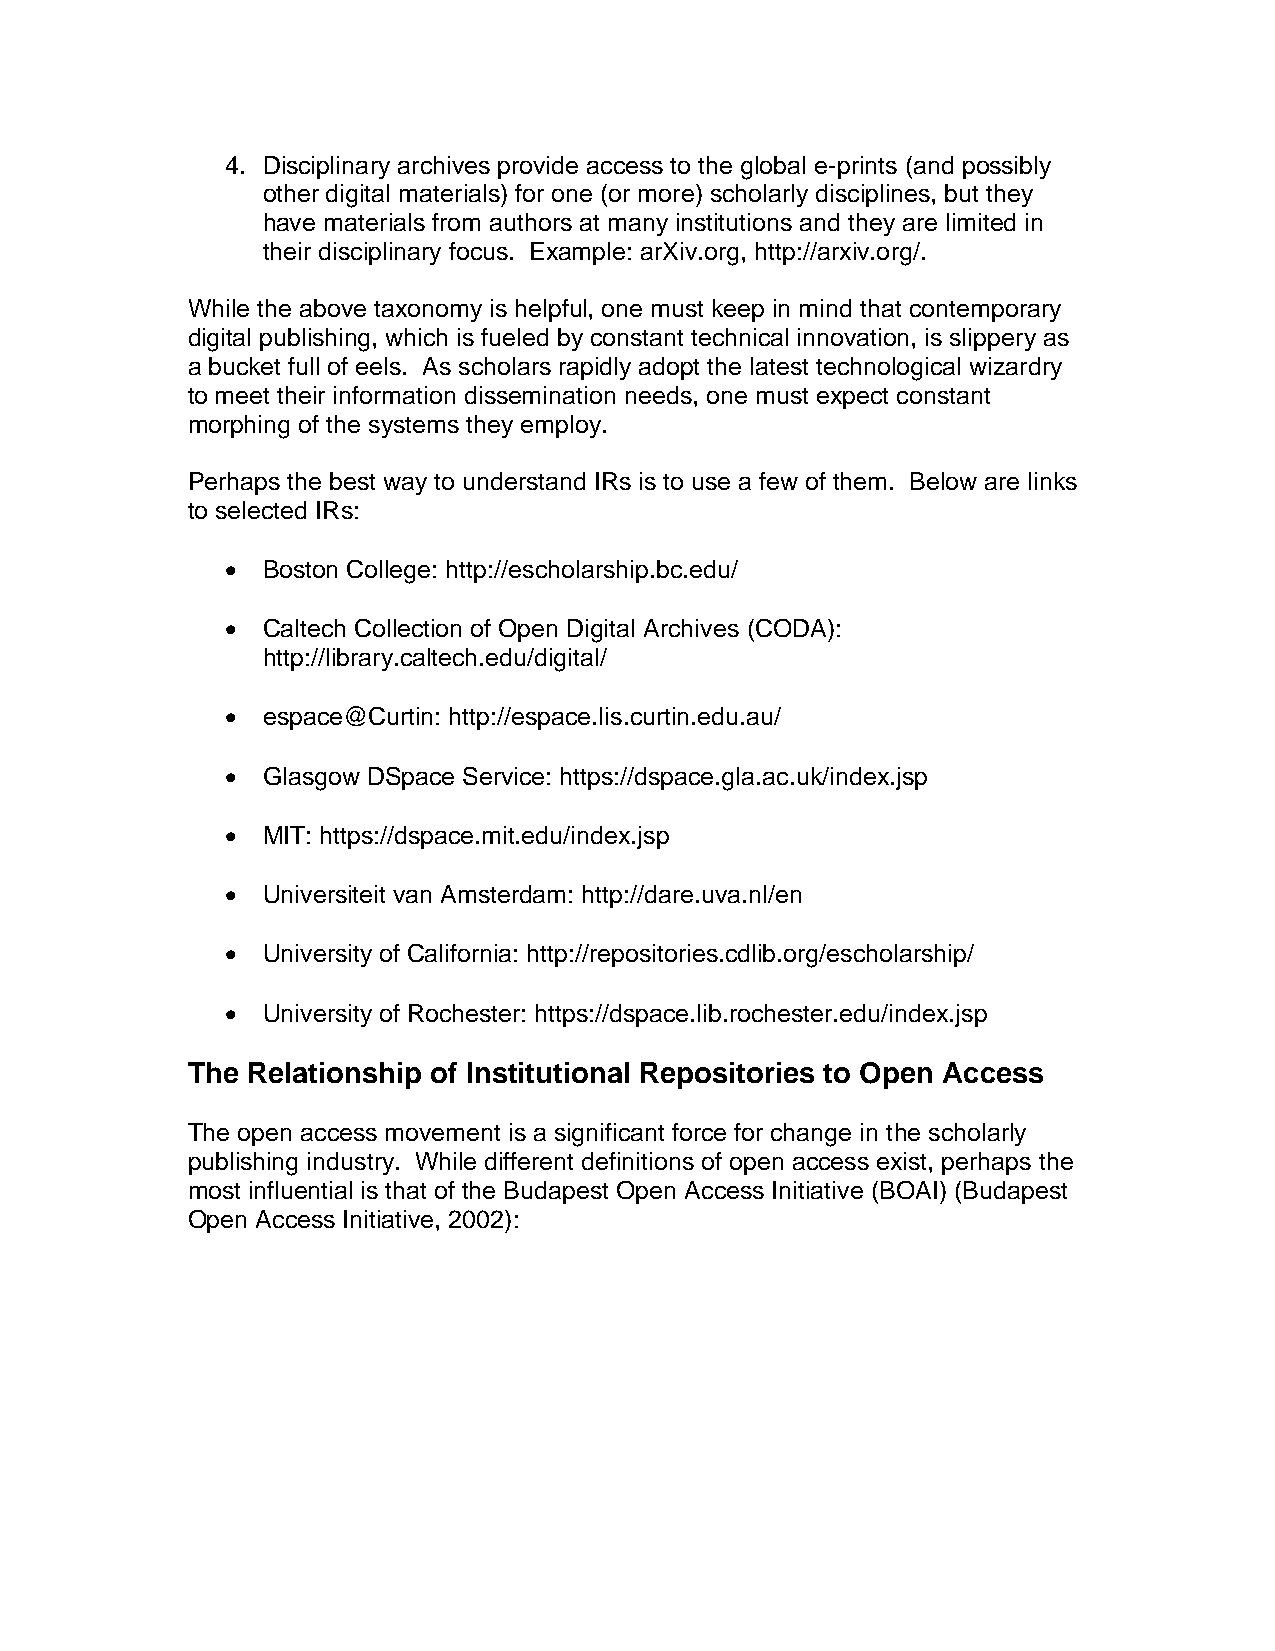
4. Disciplinary archives provide access to the global e-prints (and possibly
 other digital materials) for one (or more) scholarly disciplines, but they
 have materials from authors at many institutions and they are limited in
 their disciplinary focus. Example: arXiv.org, http://arxiv.org/.
 While the above taxonomy is helpful, one must keep in mind that contemporary
 digital publishing, which is fueled by constant technical innovation, is slippery as
 a bucket full of eels. As scholars rapidly adopt the latest technological wizardry
 to meet their information dissemination needs, one must expect constant
 morphing of the systems they employ.
 Perhaps the best way to understand IRs is to use a few of them. Below are links
 to selected IRs:
 • Boston College: http://escholarship.bc.edu/
 • Caltech Collection of Open Digital Archives (CODA):
 http://library.caltech.edu/digital/
 • espace@Curtin: http://espace.lis.curtin.edu.au/
 • Glasgow DSpace Service: https://dspace.gla.ac.uk/index.jsp
 • MIT: https://dspace.mit.edu/index.jsp
 • Universiteit van Amsterdam: http://dare.uva.nl/en
 • University of California: http://repositories.cdlib.org/escholarship/
 • University of Rochester: https://dspace.lib.rochester.edu/index.jsp
 The Relationship of Institutional Repositories to Open Access
 The open access movement is a significant force for change in the scholarly
 publishing industry. While different definitions of open access exist, perhaps the
 most influential is that of the Budapest Open Access Initiative (BOAI) (Budapest
 Open Access Initiative, 2002):